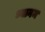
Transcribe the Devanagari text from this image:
ध्यानम